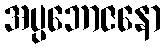
အပ္ပဘောဇနော